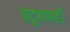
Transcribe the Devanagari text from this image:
प्रदुषणही